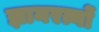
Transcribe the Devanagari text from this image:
ज्ञानरत्नों